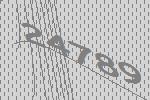
24789